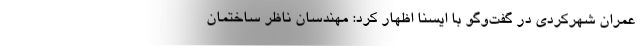
عمران شهرکردی در گفت‌وگو با ایسنا اظهار کرد: مهندسان ناظر ساختمان